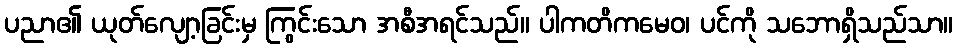
ပညာ၏ ယုတ်လျော့ခြင်းမှ ကြွင်းသော အစီအရင်သည်။ ပါကတိကမေဝ၊ ပင်ကို သဘောရှိသည်သာ။